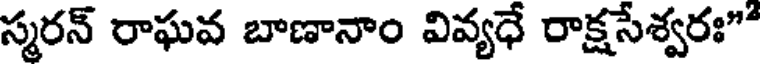
స్మరన్ రాఘవ బాణానాం వివ్యధే రాక్షసేశ్వరః"